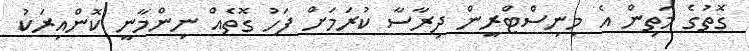
ގޮތުގެ މަތިން އެ މިނިސްޓްރީން ދިރާސާ ކުރަމަށް ފަހު ގޮތެއް ނިންމާނީ ކޮންއިރަކު